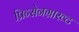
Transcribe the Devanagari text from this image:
प्रिन्सेनग्राख्ट